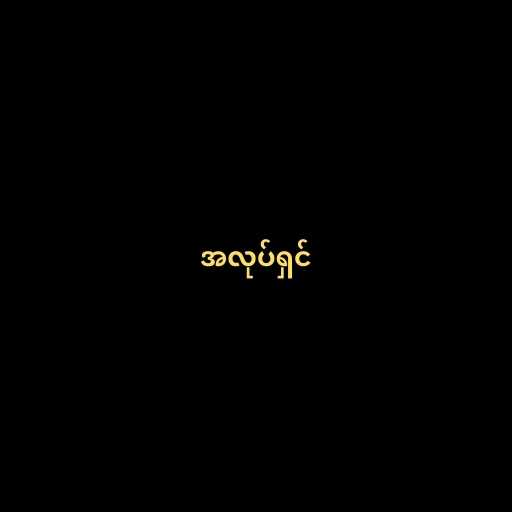
အလုပ်ရှင်